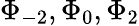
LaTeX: \Phi_{-2},\Phi_{0},\Phi_{2}